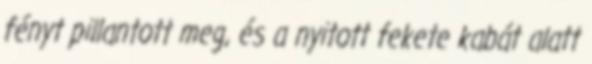
fényt pillantott meg, és a nyitott fekete kabát alatt